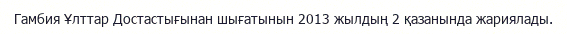
Гамбия Ұлттар Достастығынан шығатынын 2013 жылдың 2 қазанында жариялады.